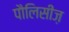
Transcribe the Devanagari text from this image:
पौलिसीज़